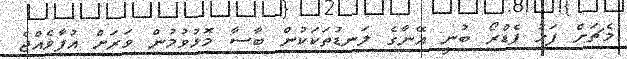
މެޗަށް ފަހު ޕެޑްރޯ ބުނީ އޭނާގެ ލަނޑުތަކަކުން ބާސާ މޮޅުވުމުން ވަރަށް އުފާވެއްޖެ